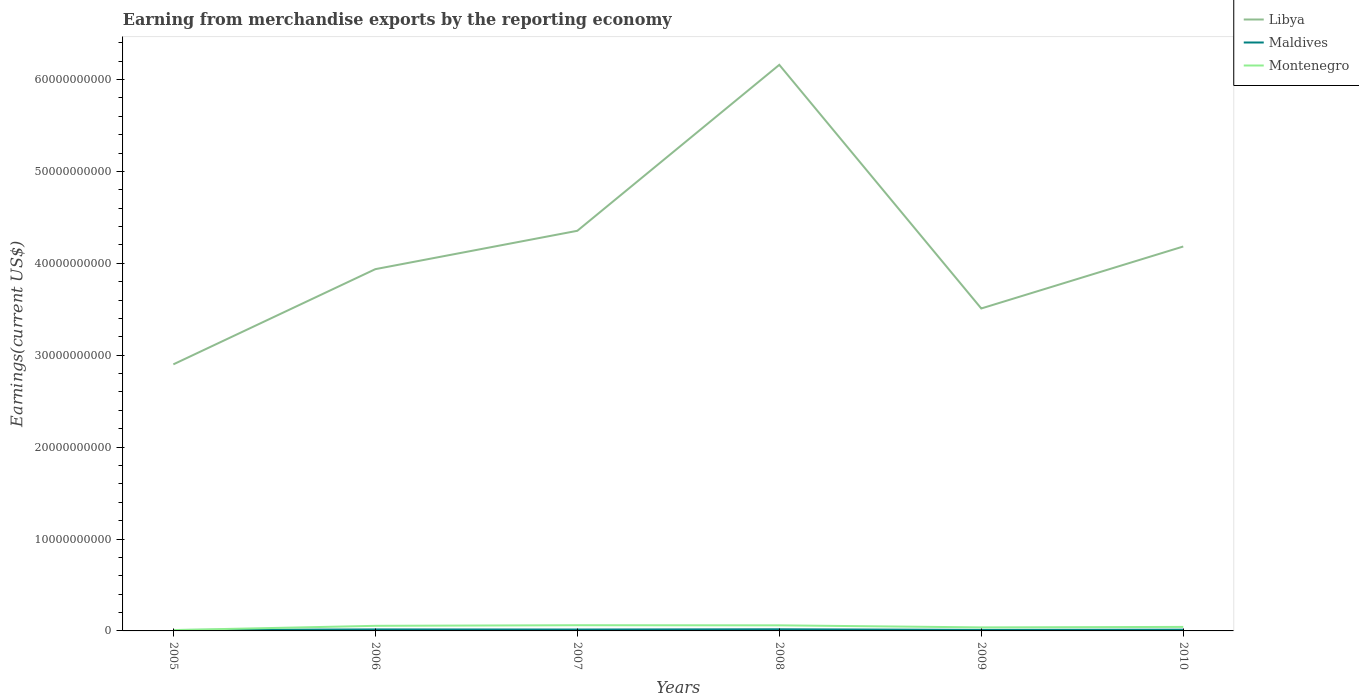
| Years | Libya | Maldives | Montenegro |
 | --- | --- | --- | --- |
 | 2005 | 2.9e+10 | 9.87e+07 | 9.18e+07 |
 | 2006 | 3.94e+10 | 1.63e+08 | 5.53e+08 |
 | 2007 | 4.35e+10 | 1.51e+08 | 6.2e+08 |
 | 2008 | 6.16e+10 | 1.79e+08 | 6.07e+08 |
 | 2009 | 3.51e+10 | 1.14e+08 | 3.84e+08 |
 | 2010 | 4.18e+10 | 1.35e+08 | 4.37e+08 |